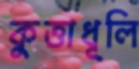
কুত্তাধূলি